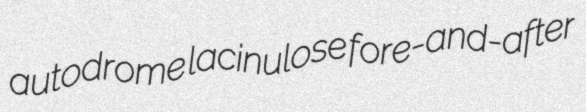
autodrome lacinulose fore-and-after